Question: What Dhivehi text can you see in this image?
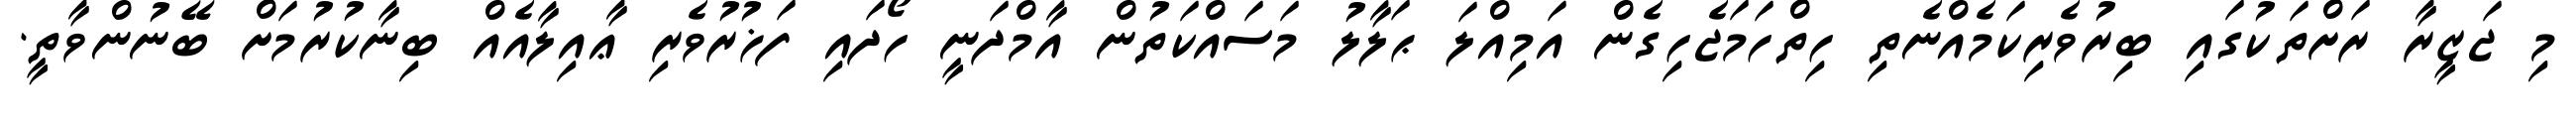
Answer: މި ޖަޒީރާ ރަށްތަކުގައި ބިރުވެރިކަމެއްނެތި ހިތްހަމަޖެހިގެން އަމިއްލަ ޙަލާލު މަސައްކަތުން އާމްދަނީ ހޯދައި ފަޚުރުވެރި ޢާއިލާއެއް ބިނާކުރުމަށް ބޭނުންވާތީ.